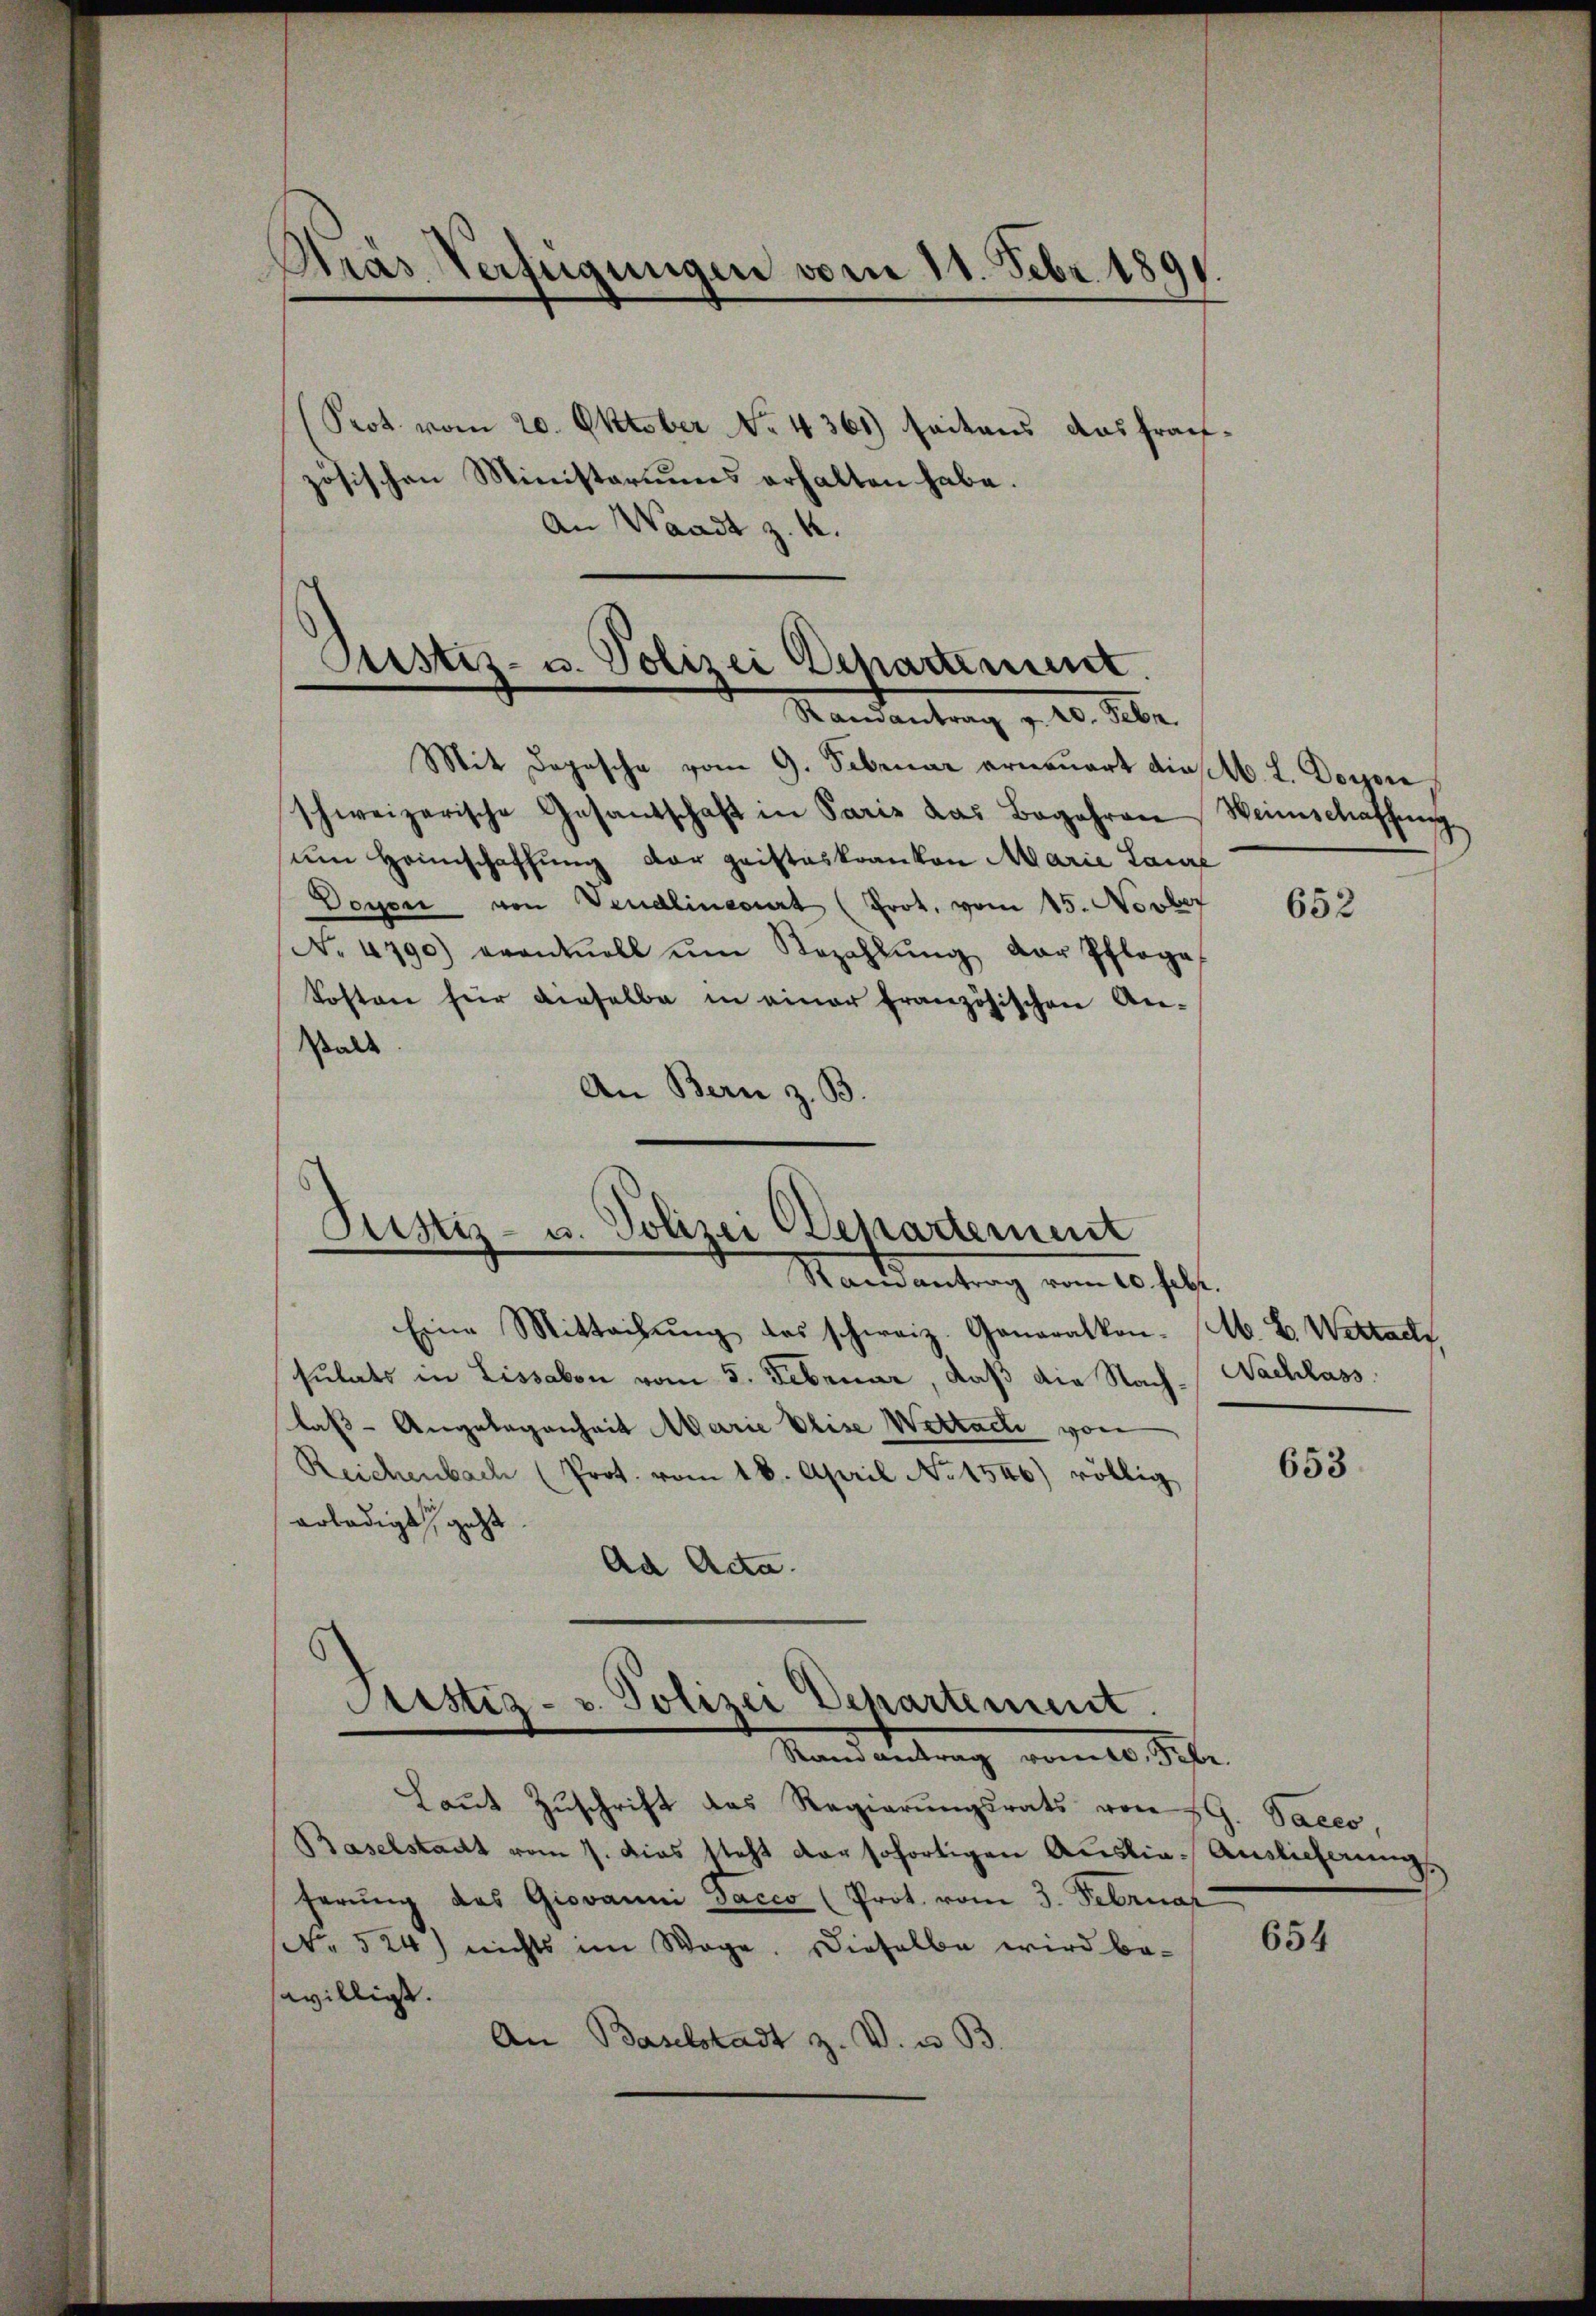
Krás Verfügungen vom 11. Febr. 1891

(Srot. vom 20. Oktober No. 4361) seitens ausfrachzösischen Ministeriums erhalten habe.
An Waadt z. K.

Justiz- u. Polizei Departement.
Ramantrag v. 20. Febr.

Justiz- u. Polizei Departement
Mandantrag vom 25. selt.

Mit Depesche vom 9. Februar erneuert die A. L. Dorore
schweizerische Gesandschaft in Paris das Begehren
um Heimschaffung der geisteskranken Marie Laure
Doyen von Vendlinevirt (Prot. vom 15. Novber
No 4790) eventuell ŭm Bezahlŭng der Pflege
Kosten für dieselbe in einer französischen An-
Walt
An Bern z. B.

Justiz- u. Polizei Departement.
Mandantrag vom 10. Sept.

Eine Mittachŭng des schweiz. Generalkon. (N. B. Wertacht
sulats in Lissabon vom 5. Februar, daß die Nach- Nachlass
laß-Angelegenheit Marie Plise Wettach von
Reichenbach (Prot. vom 18. April No 1546) völlig
erledigt geht.
Ad Acta.
Laŭt Zŭschrift das Regierŭngsrats von G. Saces,
Baselstadt vom 7. dies steht der sofortigen Auslie-Auslieferung
ferŭng das Giovanni Dacco (Prot. vom 3. Februar
No 524) nichts im Wege. Dieselbe wird be-
swilligt.
An Baselstadt z. V. u. 33.

Weinschaffung

652

653

654